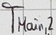
Text: TMain,2